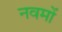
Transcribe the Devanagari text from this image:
नवमों